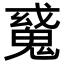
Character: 𩳠